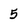
Character: 5